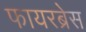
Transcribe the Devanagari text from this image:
फायरब्रेस